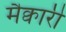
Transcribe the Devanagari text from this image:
मैक्वारी